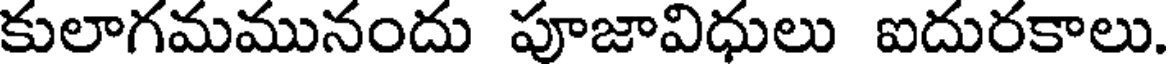
కులాగమమునందు పూజావిధులు ఐదురకాలు.